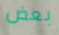
بعض